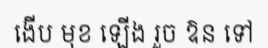
ងើប មុខ ឡើង រួច ឱន ទៅ